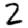
Digit: 2